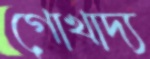
গোখাদ্য